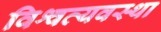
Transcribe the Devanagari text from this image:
विश्वव्यवस्था